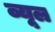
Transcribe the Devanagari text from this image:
व्यूल